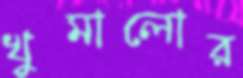
খুমালোর